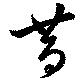
昔